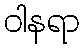
ဝါနရာ